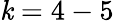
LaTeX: \mathit{k}=4-5